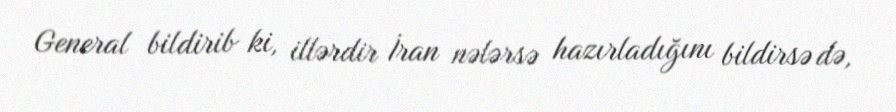
General bildirib ki, illərdir İran nələrsə hazırladığını bildirsə də,